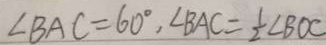
\angle B A C = 6 0 ^ { \circ } , \angle B A C = \frac { 1 } { 2 } \angle B O C